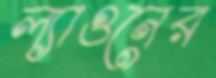
ল্যাগুনের